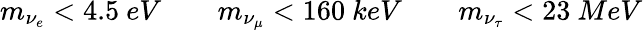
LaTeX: m_{\nu_{e}}<4.5\ eV\qquad m_{\nu_{\mu}}<160\ keV\qquad m_{\nu_{\tau}}<23\ MeV